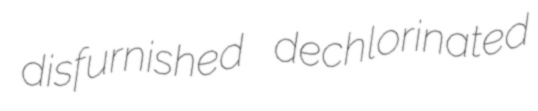
disfurnished dechlorinated